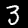
Label: 3